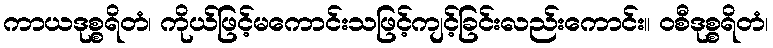
ကာယဒုစ္စရိတံ၊ ကိုယ်ဖြင့်မကောင်းသဖြင့်ကျင့်ခြင်းလည်းကောင်း။ ဝစီဒုစ္စရိတံ၊